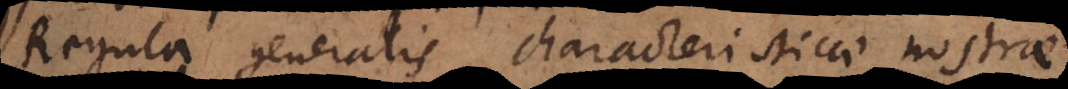
Regula generalis characteristicae nostrae